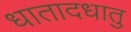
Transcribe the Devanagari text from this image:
धातादधातु